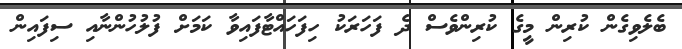
ބެލެވިގެން ކުރިން މީގެ ކުރިންވެސް ދެ ފަހަރަކު ހިފަހައްޓާފައިވާ ކަމަށް ފުލުހުންނާއި ސިފައިން